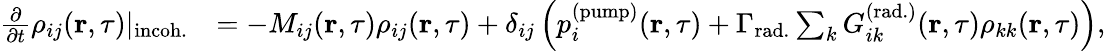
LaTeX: \begin{array}{rl}{\frac{\partial}{\partial t}\rho_{ij}(\textbf{r},\tau)|_{\mathrm{incoh.}}}&{=-M_{ij}(\textbf{r},\tau)\rho_{ij}(\textbf{r},\tau)+\delta_{ij}\left(p_{i}^{(\mathrm{pump})}(\textbf{r},\tau)+\Gamma_{\mathrm{rad.}}\sum_{k}G_{ik}^{(\mathrm{rad.})}(\textbf{r},\tau)\rho_{kk}(\textbf{r},\tau)\right),}\end{array}